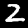
Label: 2